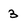
Character: 3